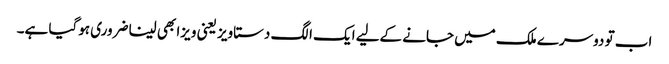
اب تو دوسرے ملک میں جانے کےلیے ایک الگ دستاویز یعنی ویزا بھی لینا ضروری ہوگیا ہے۔